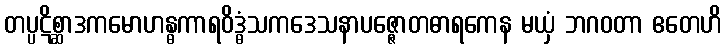
တပ္ပဋိစ္ဆာဒကမောဟန္ဓကာရဝိဒ္ဓံသကဒေသနာပဇ္ဇောတဓာရကေန မယှံ ဘဂဝတာ ဧတေဟိ